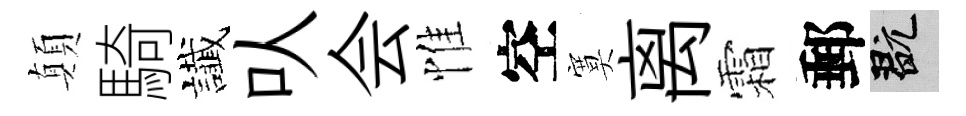
顛騎䜟㕥会惟空寞离霜郵玩